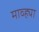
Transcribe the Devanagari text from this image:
माव्ह्या